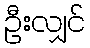
ဦးလျှင်